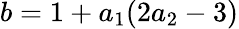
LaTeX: b=1+a_{1}(2a_{2}-3)